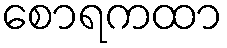
စောရကထာ